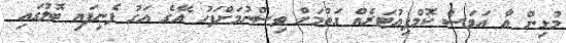
މުޅިން އާ އަވަސް ކޮމްޕިއުޓަރެއް ގަތުމަށް ވިސްނުމަށްފަހު އޭގެ އަގު ފެނިފައި ބޮލުގައި